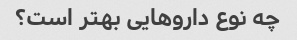
چه نوع داروهایی بهتر است؟